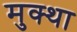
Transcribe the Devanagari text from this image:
मुक्था